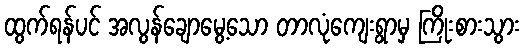
ထွက်ရန်ပင် အလွန်ချောမွေ့သော တာလုံကျေးရွာမှ ကြိုးစားသွား